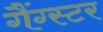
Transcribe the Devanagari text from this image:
गैंग्‍स्‍टर